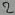
Text: 2